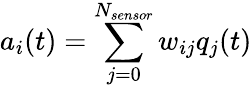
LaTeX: a_{i}(t)=\sum_{j=0}^{N_{sensor}}w_{ij}q_{j}(t)